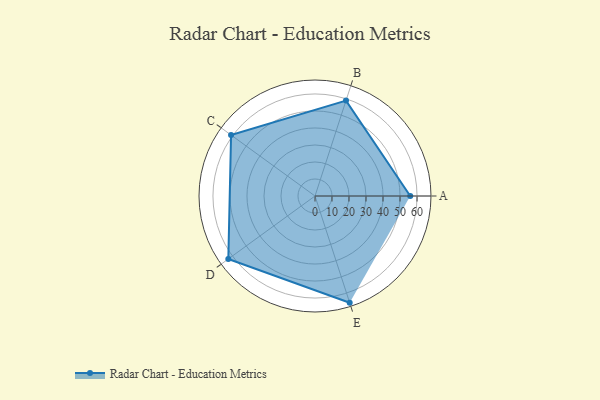
{"axis": {"x": "Skill", "y": "Score"}, "legend": ["Profile"], "data": [{"x": "A", "y": 56.0, "type": "Profile"}, {"x": "B", "y": 59.0, "type": "Profile"}, {"x": "C", "y": 61.0, "type": "Profile"}, {"x": "D", "y": 63.0, "type": "Profile"}, {"x": "E", "y": 66.0, "type": "Profile"}]}